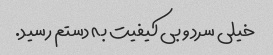
خیلی سرد و بی کیفیت به دستم رسید.